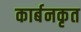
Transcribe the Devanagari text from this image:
कार्बनकृत